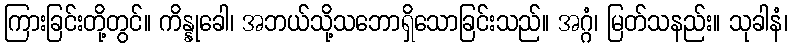
ကြားခြင်းတို့တွင်။ ကိန္နုခေါ၊ အဘယ်သို့သဘောရှိသောခြင်းသည်။ အဂ္ဂံ၊ မြတ်သနည်း။ သုခါနံ၊